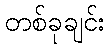
တစ်ခုချင်း